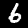
Digit: 6